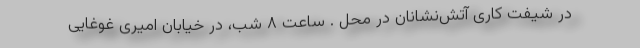
در شیفت کاری آتش‌نشانان در محل . ساعت ۸ شب، در خیابان امیری غوغایی‌